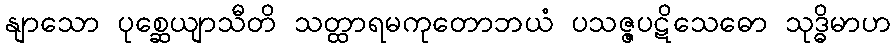
နျာသော ပုစ္ဆေယျာသီတိ သတ္ထာရမကုတောဘယံ ပသဇ္ဇပဋိသေဓော သုဒ္ဓိမာဟ